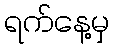
ရက်နေ့မှ